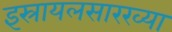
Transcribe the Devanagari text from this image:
इस्रायलसारख्या